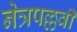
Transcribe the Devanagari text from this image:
नेत्रपल्लवी